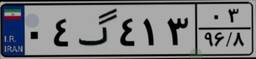
۰۴گ۹۹۴۵۶